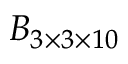
\boldsymbol { B } _ { 3 \times 3 \times 1 0 }